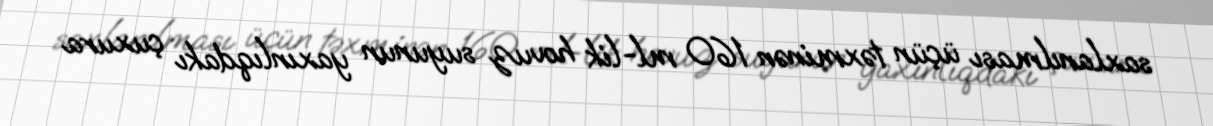
saxlanılması üçün təxminən 160 ml-lik hovuz suyunun yaxınlıqdakı çuxura